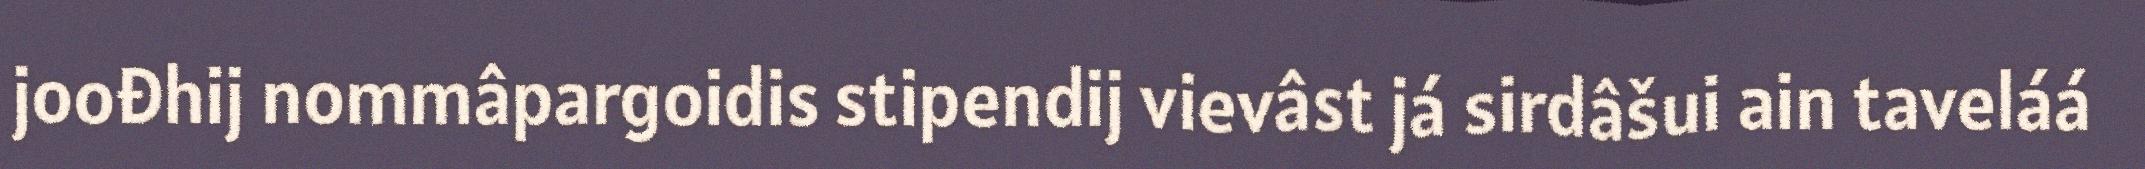
joođhij nommâpargoidis stipendij vievâst já sirdâšui ain taveláá